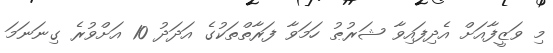
މި ވަޒީފާއަށް އެދިފައިވާ ޝަރުޠު ހަމަވާ ފަރާތްތަކުގެ އަދަދު 10 އަށްވުރެ ގިނަނަމަ